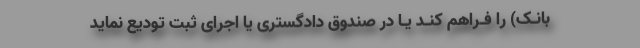
بانـک) را فـراهم کنـد یـا در صندوق دادگستری یا اجرای ثبت تودیع نماید